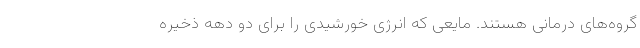
گروه‌های درمانی هستند. مایعی که انرژی خورشیدی را برای دو دهه ذخیره